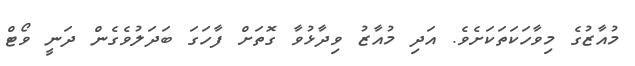
މުއާޒުގެ މިވާހަކަތަކަށެވެ. އަދި މުއާޒު ވިދާޅުވާ ގޮތަށް ފާހަގަ ބަދަލުވެެގެން ދަނީ ވޯޓް